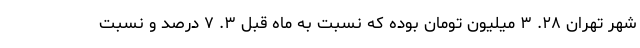
شهر تهران ۲۸. ۳ میلیون تومان بوده که نسبت به ماه قبل ۳. ۷ درصد و نسبت